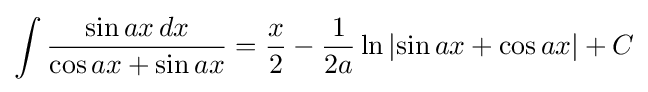
\int {\frac {\sin ax\,dx}{\cos ax+\sin ax}}={\frac {x}{2}}-{\frac {1}{2a}}\ln \left|\sin ax+\cos ax\right|+C